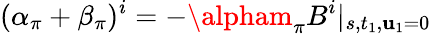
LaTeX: (\alpha_{\pi}+\beta_{\pi})^{i}=-\alpham_{\pi}B^{i}\vert_{s,t_{1},\mathbf{u}_{1}=0}